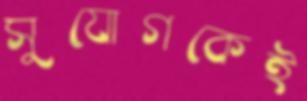
সুযোগকেই